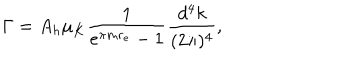
LaTeX: \Gamma = A _ { h } \mu _ { K } \frac { 1 } { e ^ { \pi m r _ { e } } - 1 } \frac { d ^ { 4 } k } { ( 2 \pi ) ^ { 4 } } ,